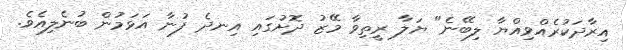
އިރާދަކުރެއްވިއްޔާ ލިބޭނެ" ޔަލާ ރީތިވާ މޭޒު ދޮށުގައި އިނދެ ފުނާ އަޅަމުން ބުނެލިއެވެ.